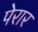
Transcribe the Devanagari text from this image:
पेरार